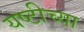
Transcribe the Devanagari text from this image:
यष्टीच्या